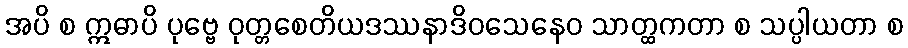
အပိ စ ဣဓာပိ ပုဗ္ဗေ ဝုတ္တစေတိယဒဿနာဒိဝသေနေဝ သာတ္ထကတာ စ သပ္ပါယတာ စ